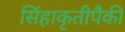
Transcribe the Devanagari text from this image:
सिंहाकृतीपैकी